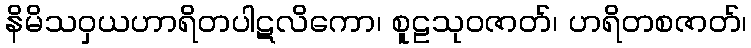
နိမိသဝှယဟာရိတပါဋလိကော၊ စူဠသုဝဇာတ်၊ ဟရိတစဇာတ်၊